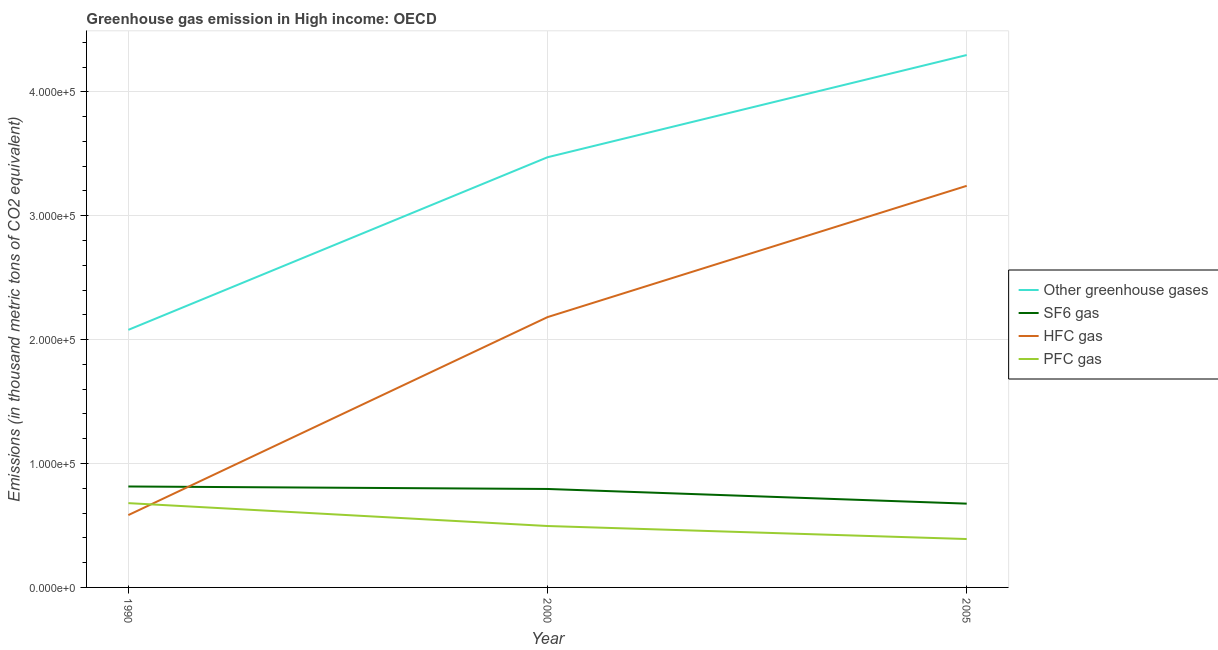
| Year | Other greenhouse gases | SF6 gas | HFC gas | PFC gas |
 | --- | --- | --- | --- | --- |
 | 1990 | 2.08e+05 | 8.15e+04 | 5.84e+04 | 6.8e+04 |
 | 2000 | 3.47e+05 | 7.95e+04 | 2.18e+05 | 4.96e+04 |
 | 2005 | 4.3e+05 | 6.76e+04 | 3.24e+05 | 3.91e+04 |